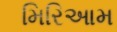
મિરિઆમ